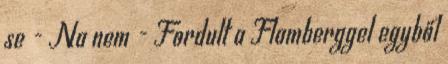
se - Na nem - Fordult a Flamberggel egyből